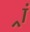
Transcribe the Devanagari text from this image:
र्‍ां